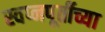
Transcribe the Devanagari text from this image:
स्वप्नपूर्तीच्या